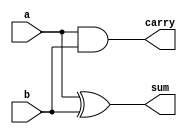
`timescale 1ns / 1ps
//////////////////////////////////////////////////////////////////////////////////
// Company: 
// Engineer: 
// 
// Design Name: 
// Module Name: adder
// Project Name: 
// Target Devices: 
// Tool Versions: 
// Description: 
// 
// Dependencies: 
// 
// Revision:
// Revision 0.01 - File Created
// Additional Comments:
// 
//////////////////////////////////////////////////////////////////////////////////


module adder(
	input a,
	input b,
	output sum,
	output carry
    );
	
	assign sum = a ^ b;
	assign carry = a & b;
endmodule